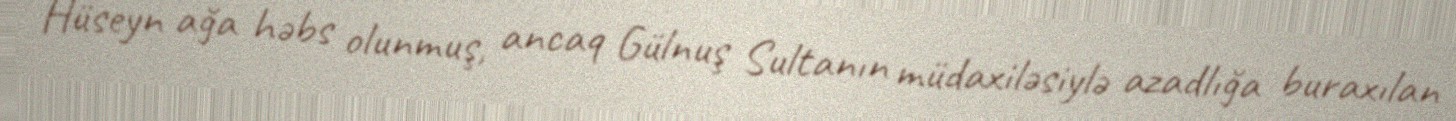
Hüseyn ağa həbs olunmuş, ancaq Gülnuş Sultanın müdaxiləsiylə azadlığa buraxılan